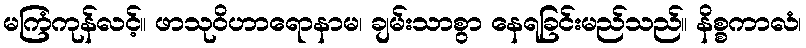
မကြံကုန်လင့်။ ဖာသုဝိဟာရောနာမ၊ ချမ်းသာစွာ နေရခြင်းမည်သည်။ နိစ္စကာလံ၊